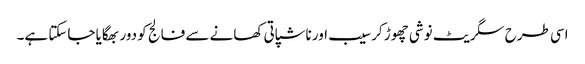
اسی طرح سگریٹ نوشی چھوڑ کر سیب اور ناشپاتی کھانے سے فالج کو دور بھگایا جاسکتا ہے۔